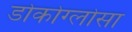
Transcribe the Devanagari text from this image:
डोकोग्लोसा